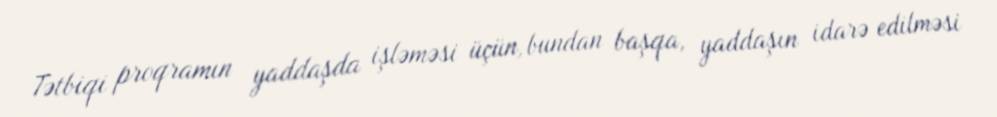
Tətbiqi proqramın yaddaşda işləməsi üçün, bundan başqa, yaddaşın idarə edilməsi